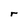
Character: r